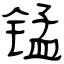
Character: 锰